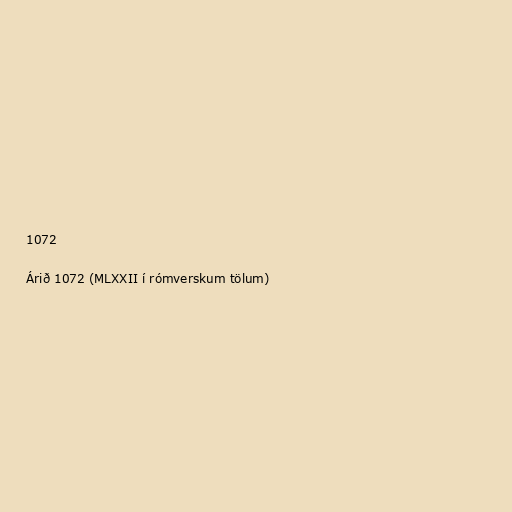
1072

Árið 1072 (MLXXII í rómverskum tölum)